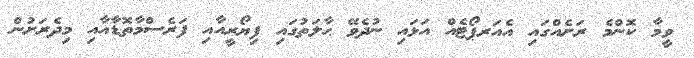
ވީމާ ކޮންމެ ރަށެއްގައި އެއަރޕޯޓެއް އަޅައި ނުދެވޭ ޙާލަތުގައި ފިޔޯރީއާއި ފަރެސްމާތޮޑާއާއި މިދެރަށުން